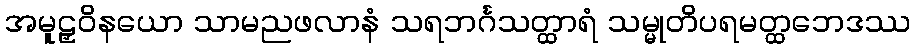
အမူဠှဝိနယော သာမညဖလာနံ သရဘင်္ဂသတ္ထာရံ သမ္မုတိပရမတ္ထဘေဒဿ